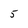
Character: 5